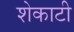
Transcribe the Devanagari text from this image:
शेकाटी